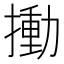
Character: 𢳾